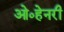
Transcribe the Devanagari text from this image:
ओ०हेनरी